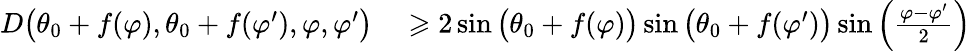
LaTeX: \begin{array}{rl}{D\big(\theta_{0}+f(\varphi),\theta_{0}+f(\varphi^{\prime}),\varphi,\varphi^{\prime}\big)}&{{}\geqslant 2\sin\big(\theta_{0}+f(\varphi)\big)\sin\big(\theta_{0}+f(\varphi^{\prime})\big)\sin\left(\frac{\varphi-\varphi^{\prime}}{2}\right)}\end{array}